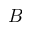
B